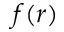
f ( r )